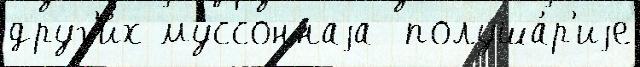
друг'и́х муссоннаjа  полуша́р'иjе